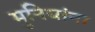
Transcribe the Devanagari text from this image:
मुनियांना